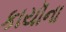
કાયૉના